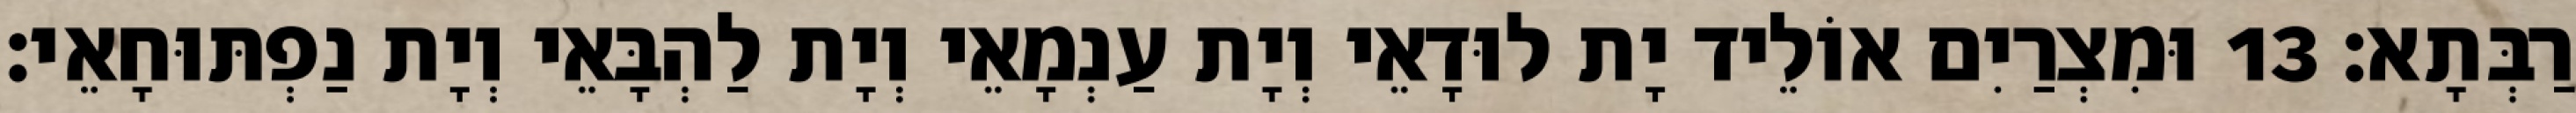
רַבְּתָא׃ 13 וּמִצְרַיִם אוֹלֵיד יָת לוּדָאֵי וְיָת עַנְמָאֵי וְיָת לַהְבָּאֵי וְיָת נַפְתּוּחָאֵי׃